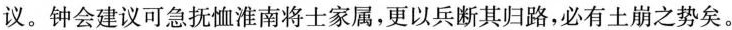
议。钟会建议可急抚恤淮南将士家属，更以兵断其归路，必有土崩之势矣。